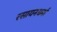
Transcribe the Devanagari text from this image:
रसायनधर्मा